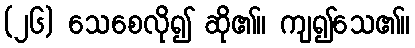
(၂၆) သေစေလို၍ ဆို၏။ ကျ၍သေ၏။